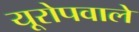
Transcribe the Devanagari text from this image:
यूरोपवाले